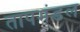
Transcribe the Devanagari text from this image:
तापमंडल